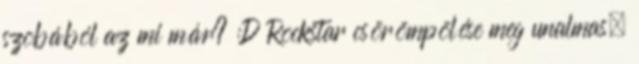
szobából az mi már? :D Rockstar csörömpölése meg unalmas,